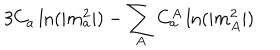
3 C _ { a } \ln ( | m _ { a } ^ { 2 } | ) - \sum _ { A } C _ { a } ^ { A } \ln ( | m _ { A } ^ { 2 } | )